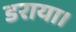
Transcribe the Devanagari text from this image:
डराया।